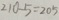
2 1 0 - 5 = 2 0 5